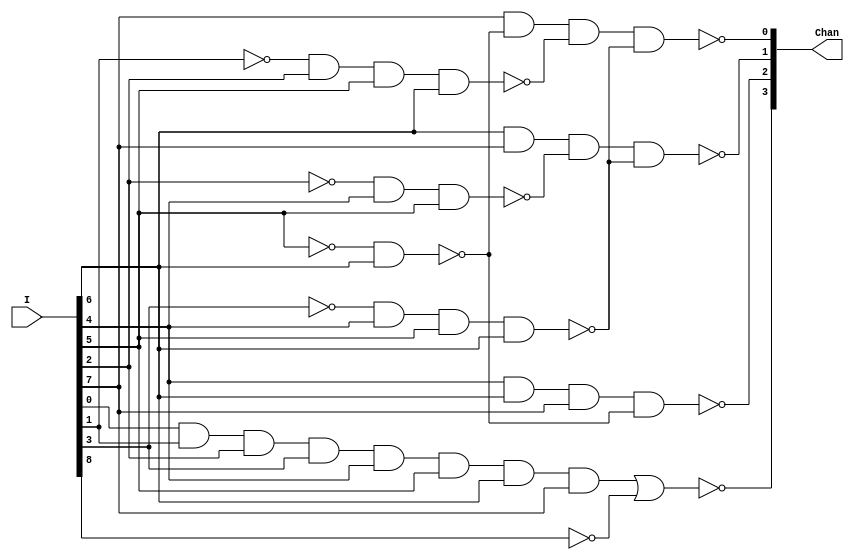
module DecodeChan(I, Chan);
 
  input[8:0] I;
  output[3:0] Chan;

  wire Iand, Ib8, Ib1, Ib2, Ib3, Ib5, I56, I245, I3456, I1256;

  and Iandgate(Iand, I[0], I[1], I[2], I[3], I[4], I[5], I[6], I[7]);
  not Ib8gate(Ib8, I[8]);
  nor Chan3(Chan[3], Iand, Ib8);

  not Ib1gate(Ib1, I[1]);
  not Ib2gate(Ib2, I[2]);
  not Ib3gate(Ib3, I[3]);
  not Ib5gate(Ib5, I[5]);
  
  nand I56gate(I56, Ib5, I[6]);
  nand I245gate(I245, Ib2, I[4], I[5]);
  nand I3456gate(I3456, Ib3, I[4], I[5], I[6]);
  nand I1256gate(I1256, Ib1, I[2], I[5], I[6]);

  nand Chan2(Chan[2], I[4], I[6], I[7], I56);
  nand Chan1(Chan[1], I[6], I[7], I245, I3456);
  nand Chan0(Chan[0], I[7], I56, I1256, I3456);

endmodule /* DecodeChan */